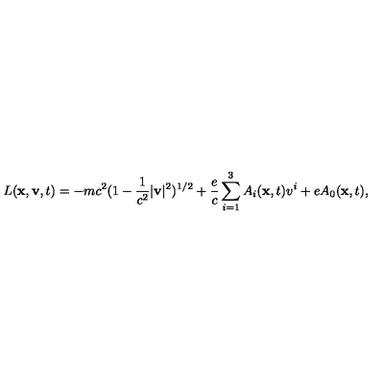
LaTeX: L ( { \bf x } , { \bf v } , t ) = - m c ^ { 2 } ( 1 - \frac { 1 } { c ^ { 2 } } | { \bf v } | ^ { 2 } ) ^ { 1 / 2 } + \frac { e } { c } \sum _ { i = 1 } ^ { 3 } A _ { i } ( { \bf x } , t ) v ^ { i } + e A _ { 0 } ( { \bf x } , t ) ,